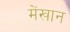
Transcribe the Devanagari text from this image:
मेंखान